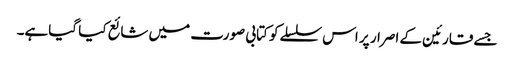
جسے قارئین کے اصرار پر اس سلسلےکو کتابی صورت میں شائع کیا گیاہے۔